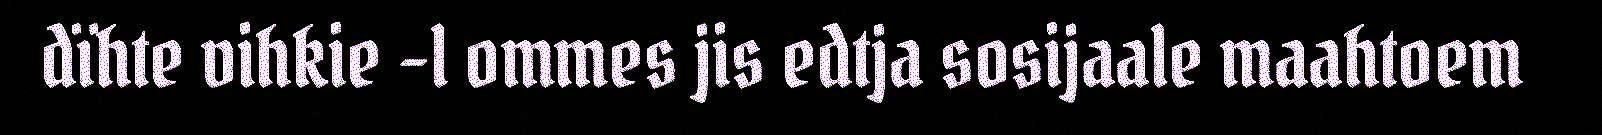
dïhte vihkie -l ommes jis edtja sosijaale maahtoem